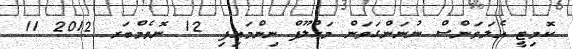
ކޮމިޓީ އެލަވަންސް ނުނަންގަވަން މަހްލޫފް ނިންމައިފި 12 ނޮވެމްބަރ 2012 11